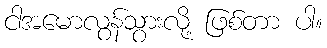
ငါအမောလွန်သွားလို့ ဖြစ်တာ ပါ။